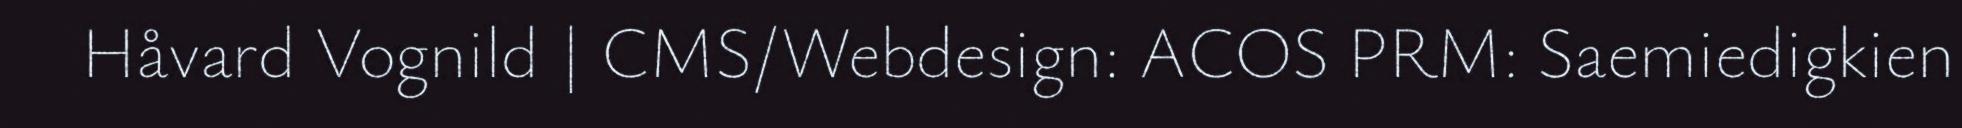
Håvard Vognild | CMS/Webdesign: ACOS PRM: Saemiedigkien